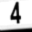
Digit: 4